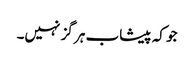
جو کہ پیشاب ہر گز نہیں۔